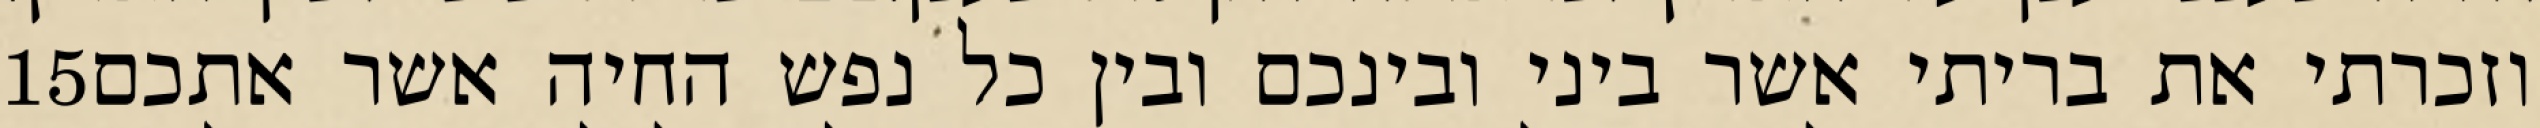
‎15‏ וזכרתי את בריתי אשר ביני ובינכם ובין כל נפש החיה אשר אתכם